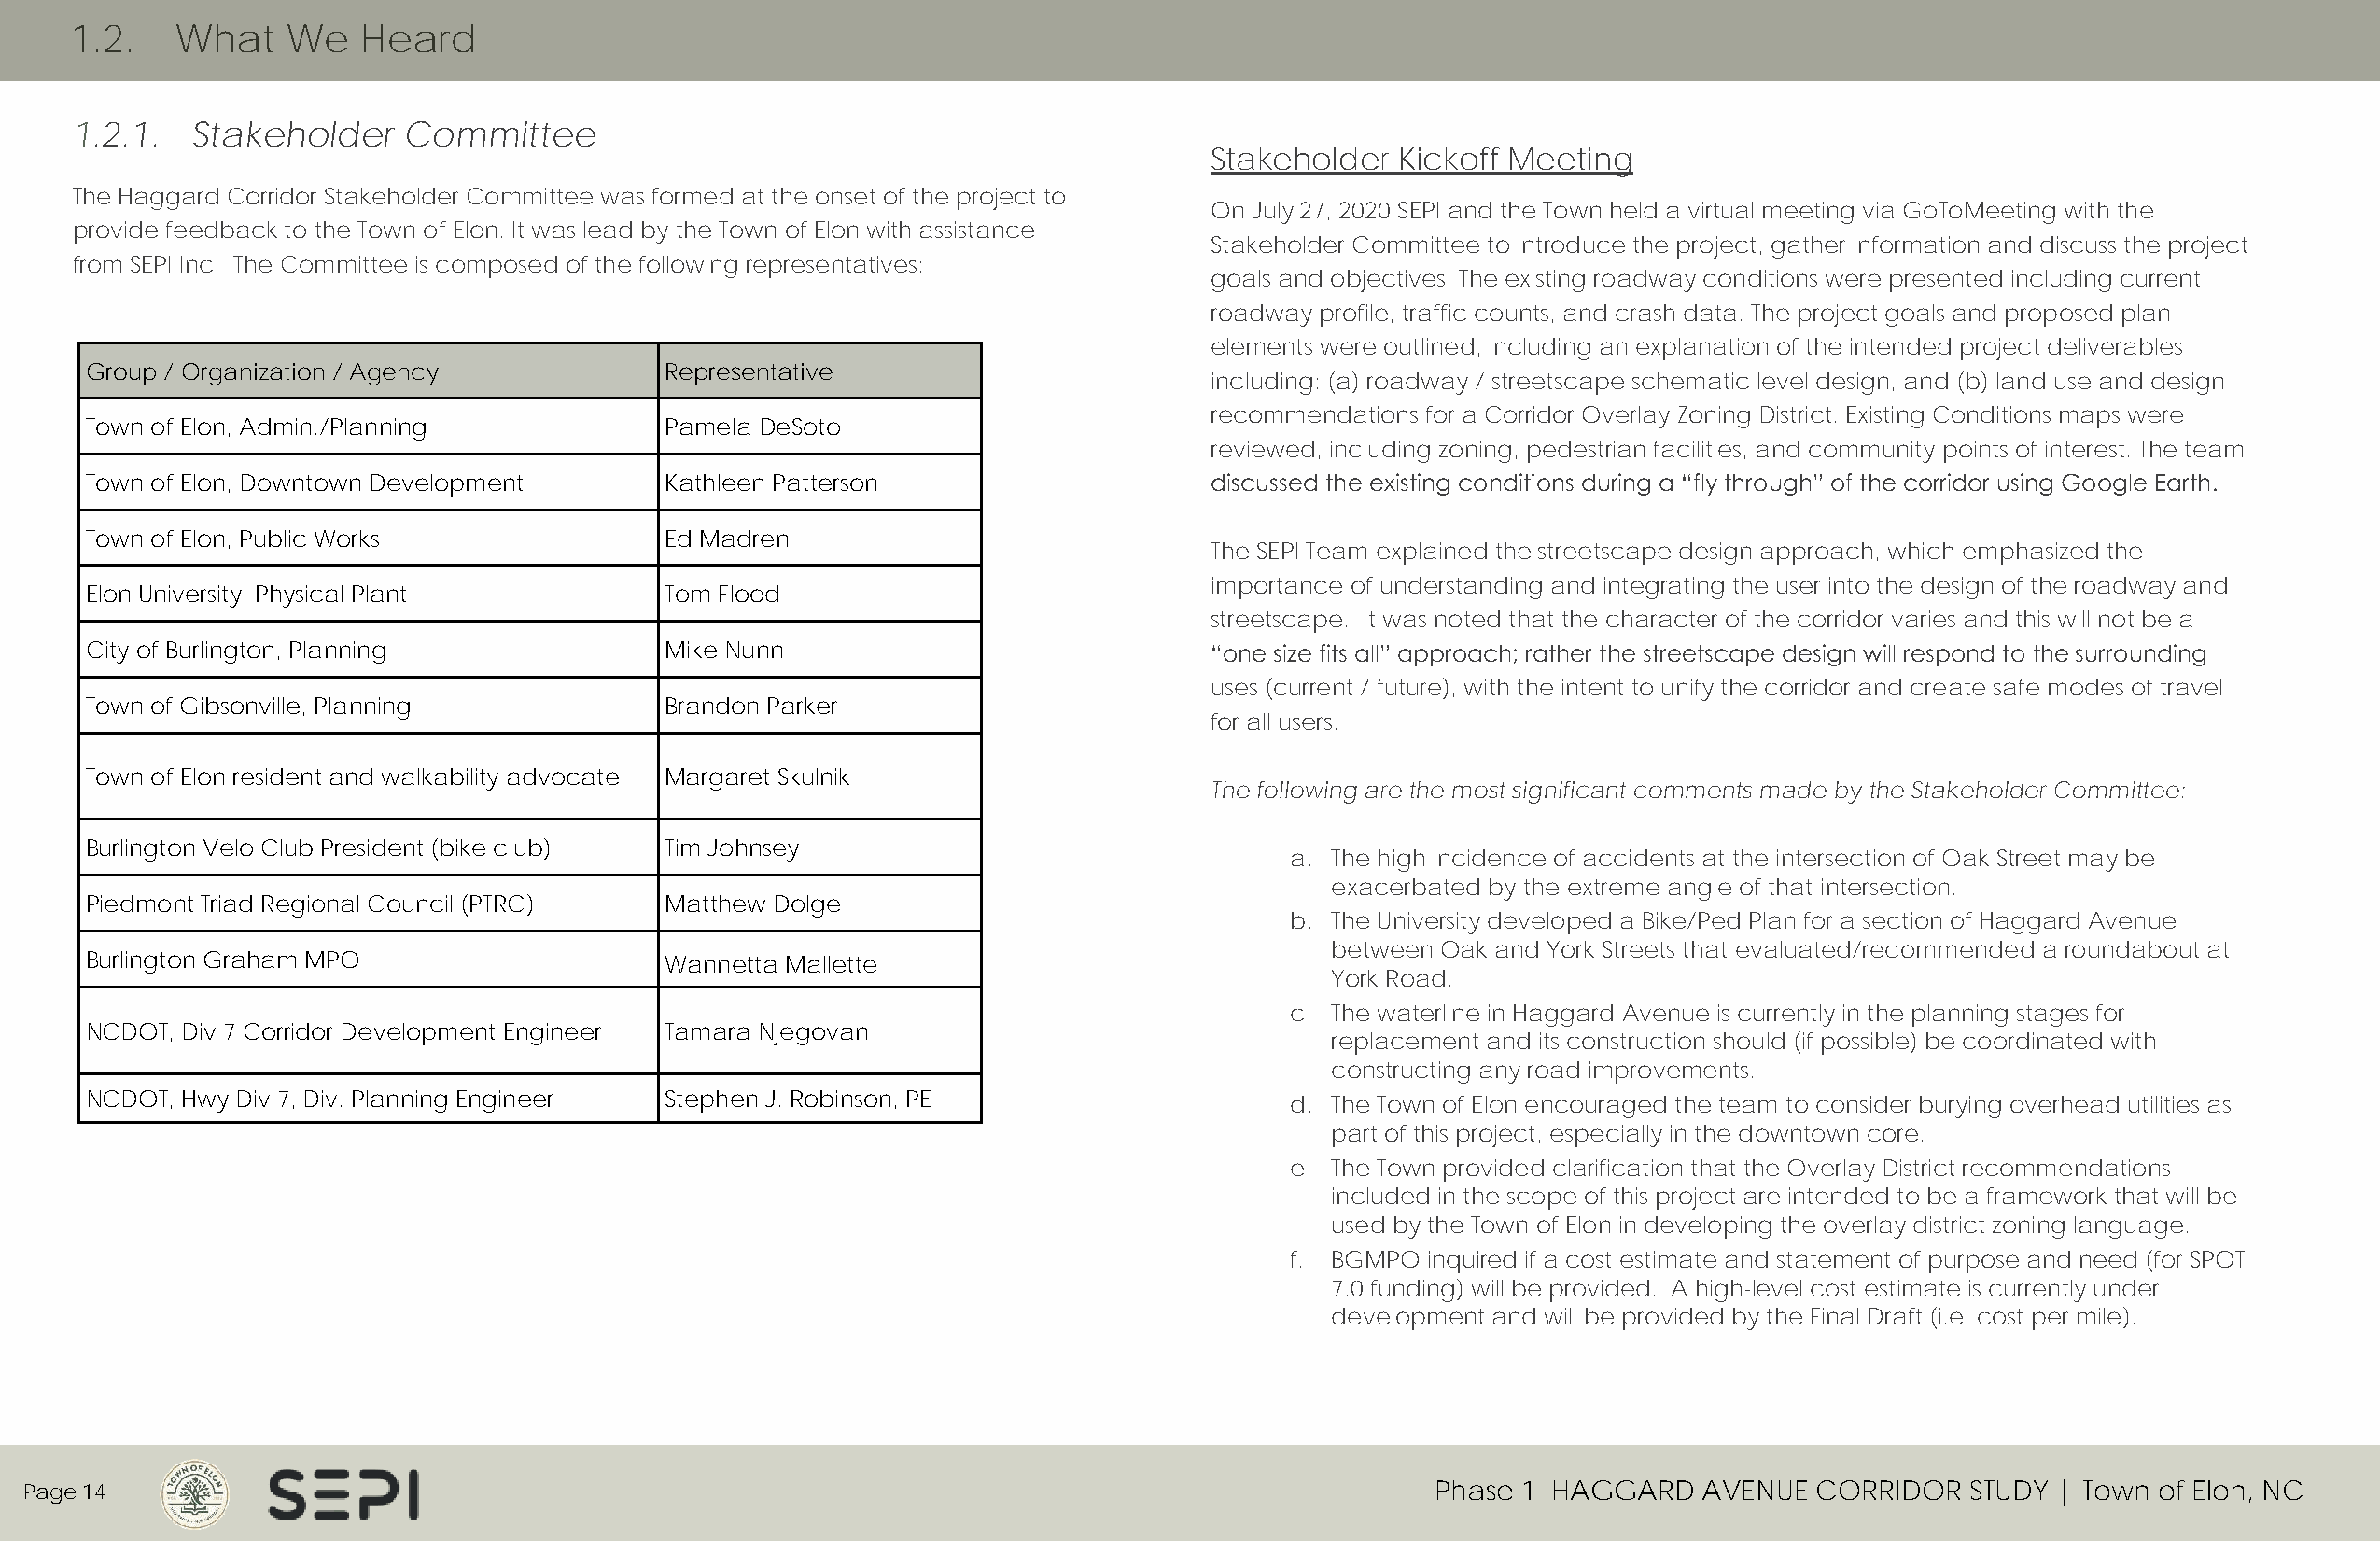
1.2.   What    We    Heard
 1.2.1.   Stakeholder    Committee
 Stakeholder  Kickoff Meeting
 The Haggard Corridor Stakeholder Committee was formed at the onset of the project to
 On July 27, 2020 SEPI and the Town held a virtual meeting via GoToMeeting with the
 provide feedback to the Town of Elon. It was lead by the Town of Elon with assistance
 Stakeholder Committee to introduce the project, gather information and discuss the project
 from SEPI Inc. The Committee is composed of the following representatives:
 goals and objectives. The existing roadway conditions were presented including current
 roadway profile, traffic counts, and crash data. The project goals and proposed plan
 elements were outlined, including an explanation of the intended project deliverables
 Group / Organization / Agency            Representative
 including: (a) roadway / streetscape schematic level design, and (b) land use and design
 recommendations for a Corridor Overlay Zoning District. Existing Conditions maps were
 Town of Elon, Admin./Planning            Pamela DeSoto
 reviewed, including zoning, pedestrian facilities, and community points of interest. The team
 Town of Elon, Downtown Development       Kathleen Patterson                     discussed the existing conditions during a “fly through” of the corridor using Google Earth.
 Town of Elon, Public Works               Ed Madren
 The SEPI Team explained the streetscape design approach, which emphasized the
 importance of understanding and integrating the user into the design of the roadway and
 Elon University, Physical Plant          Tom Flood
 streetscape. It was noted that the character of the corridor varies and this will not be a
 City of Burlington, Planning             Mike Nunn                              “one size fits all” approach; rather the streetscape design will respond to the surrounding
 uses (current / future), with the intent to unify the corridor and create safe modes of travel
 Town of Gibsonville, Planning            Brandon Parker
 for all users.
 Town of Elon resident and walkability advocate Margaret Skulnik
 The following are the most significant comments made by the Stakeholder Committee:
 Burlington Velo Club President (bike club) Tim Johnsey
 a. The high incidence of accidents at the intersection of Oak Street may be
 exacerbated by the extreme angle of that intersection.
 Piedmont Triad Regional Council (PTRC)   Matthew Dolge
 b. The University developed a Bike/Ped Plan for a section of Haggard Avenue
 between Oak and York Streets that evaluated/recommended a roundabout at
 Burlington Graham MPO                    Wannetta Mallette
 York Road.
 c. The waterline in Haggard Avenue is currently in the planning stages for
 NCDOT, Div 7 Corridor Development Engineer Tamara Njegovan
 replacement and its construction should (if possible) be coordinated with
 constructing any road improvements.
 NCDOT, Hwy Div 7, Div. Planning Engineer Stephen J. Robinson, PE                      d. The Town of Elon encouraged the team to consider burying overhead utilities as
 part of this project, especially in the downtown core.
 e. The Town provided clarification that the Overlay District recommendations
 included in the scope of this project are intended to be a framework that will be
 used by the Town of Elon in developing the overlay district zoning language.
 f. BGMPO inquired if a cost estimate and statement of purpose and need (for SPOT
 7.0 funding) will be provided. A high-level cost estimate is currently under
 development and will be provided by the Final Draft (i.e. cost per mile).
 Page 14                                                                                             Phase 1 HAGGARD    AVENUE  CORRIDOR   STUDY | Town of Elon, NC